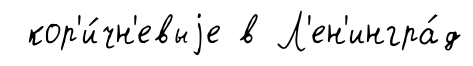
кор'и́чн'евыjе в Л'ен'ингра́д